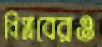
বিপ্লবেরও